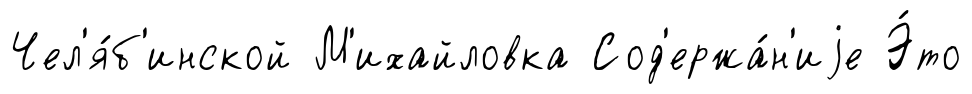
Чел'я́б'инской М'ихайловка Сод'ержа́н'иjе Э́то